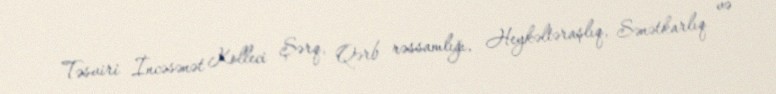
Təsviri İncəsənət Kolleci Şərq, Qərb rəssamlığı, Heykəltəraşlıq, Sənətkarlıq və